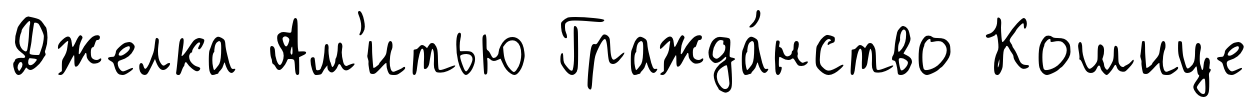
Джелка Ам'итью Гражда́нство Кошице